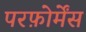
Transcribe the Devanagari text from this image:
परफ़ोर्मेंस